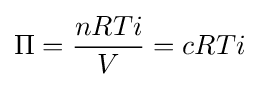
\Pi ={\frac {nRTi}{V}}=cRTi